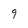
Character: 9